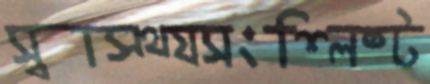
স্বাস্থ্যসংশ্লিষ্ট